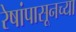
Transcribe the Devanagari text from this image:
रेषांपासूनच्या